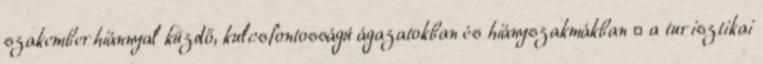
szakemberhiánnyal küzdő, kulcsfontosságú ágazatokban és hiányszakmákban  a turisztikai